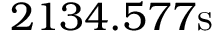
2 1 3 4 . 5 7 7 \mathrm { s }